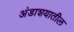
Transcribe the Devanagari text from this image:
अंडाशयातील